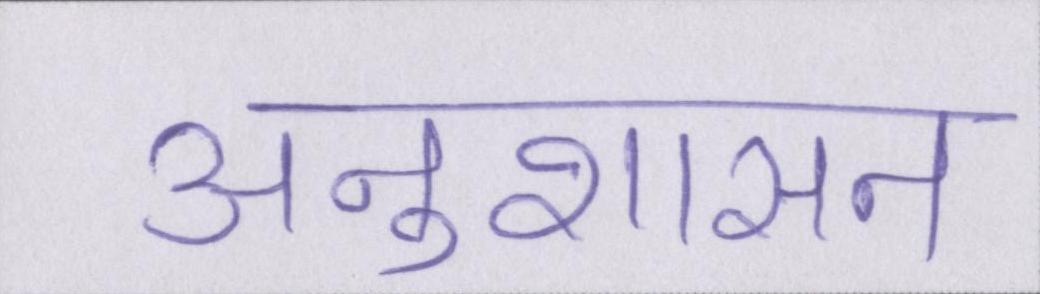
अनुशासन